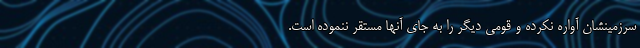
سرزمینشان آواره نکرده و قومی دیگر را به جای آنها مستقر ننموده است.